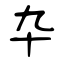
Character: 卆